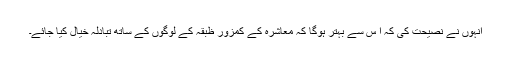
انہوں نے نصیحت کی کہ ا س سے بہتر ہوگا کہ معاشرہ کے کمزور ظبقہ کے لوگوں کے ساتھ تبادلہ خیال کیا جائے۔